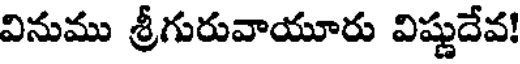
వినుము శ్రీగురువాయూరు విష్ణుదేవ!